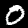
Digit: 0